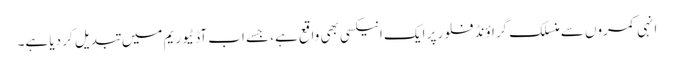
انہی کمروں سے منسلک گراؤنڈ فلور پر ایک انیکسی بھی واقع ہے، جسے اب آڈٹیوریم میں تبدیل کر دیا ہے۔